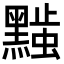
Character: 𬹚